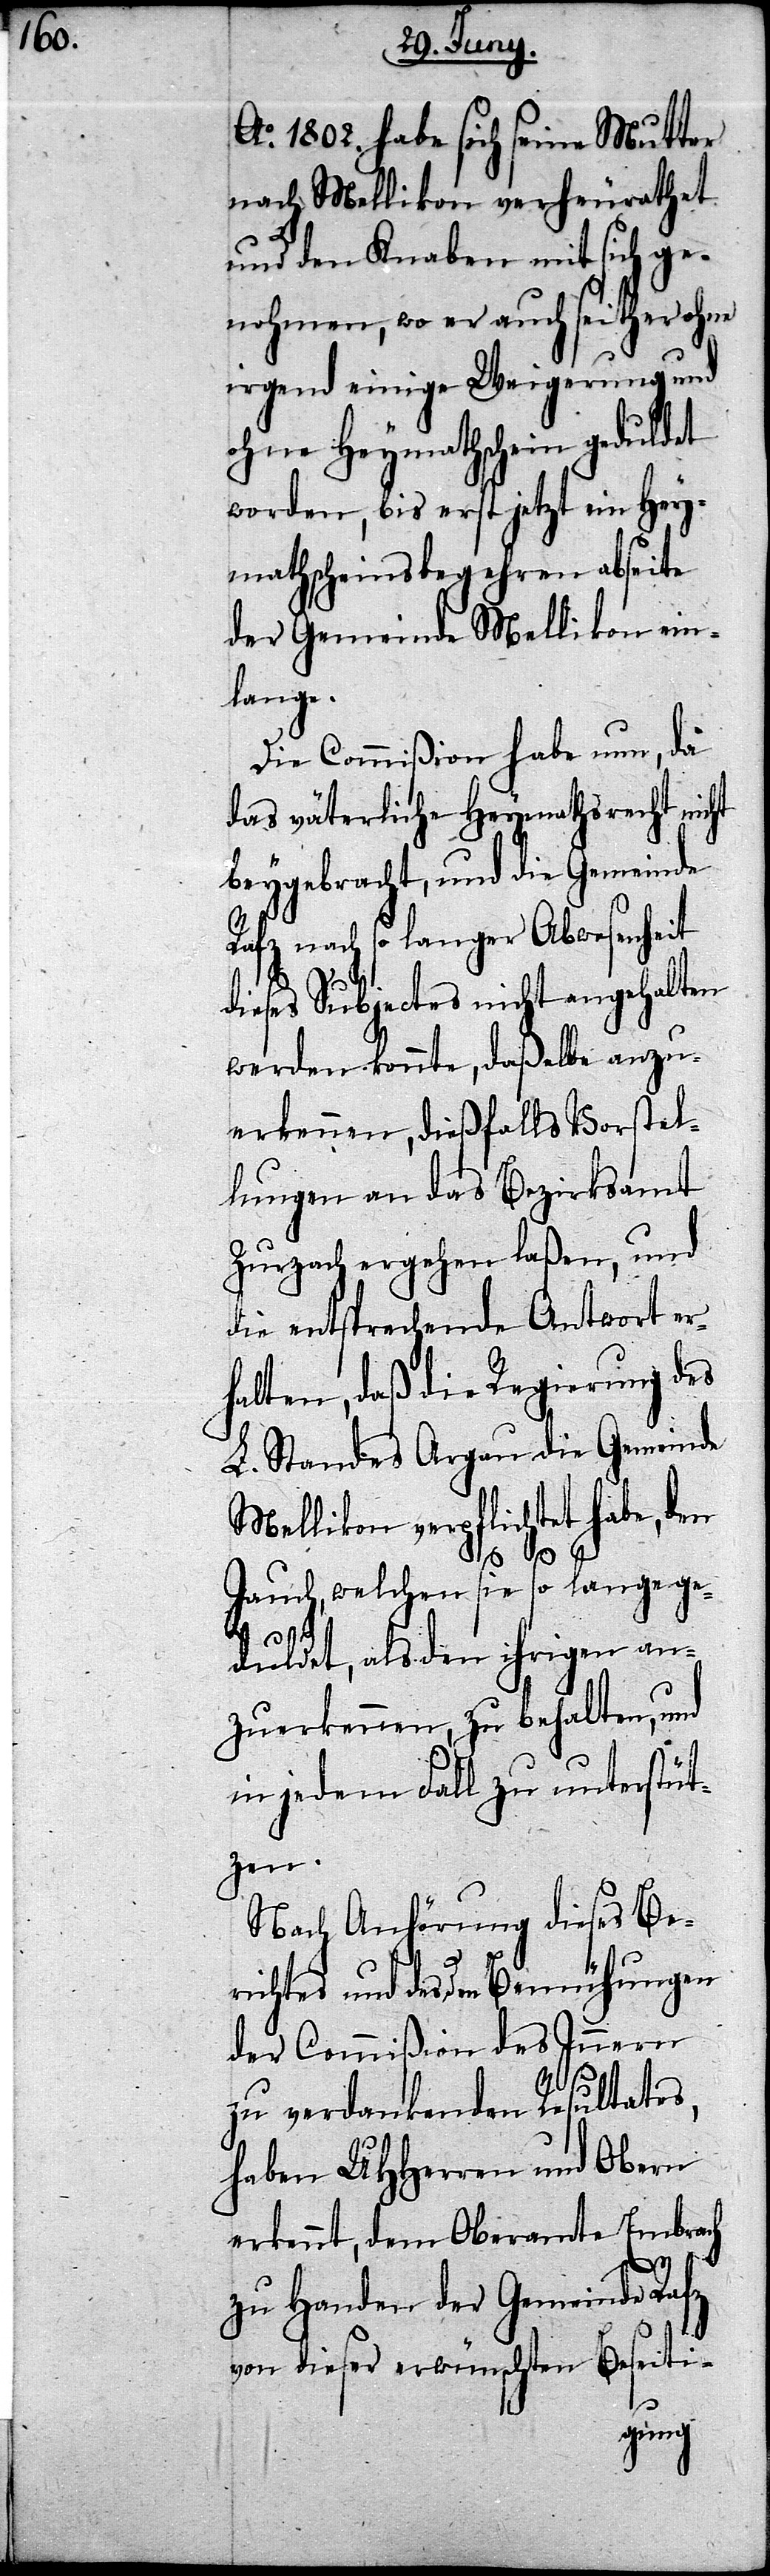
Ao. 1802. habe sich seine Mutter
nach Mellikon verheurathet
und den Knaben mit sich ge¬
nohmen, wo er auch seither ohne
irgend einige Weigerung und
ohne Heymathschein geduldet
worden, bis erst jetzt ein Hey¬
mathscheinsbegehren abseite
der Gemeinde Mellikon ein¬
lange.
Die Commißion habe nun, da
das väterliche Heymathsrecht nicht
beygebracht, und die Gemeinde
Rafz nach so langer Abwesenheit
werden konnte, daßelbe anzu¬
erkennen, dießfalls Vorstel¬
lungen an das Bezirksamt
Zurzach ergehen laßen, und
die entsprechende Antwort er¬
halten, daß die Regierung des
L. Standes Argau die Gemeinde
Mellikon verpflichtet habe, den
Jauch, welchen sie so lange ge¬
duldet, als den ihrigen an¬
zuerkennen, zu behalten, und
in jedem Fall zu unterstüt¬
zen.
Nach Anhörung dieses Be¬
richtes und des den Bemühungen
der Commißion des Innern
zu verdankenden Resultates,
haben UHHerren und Obern
erkennt, dem Oberamte Embrach
dieses
zu Handen der Gemeinde Rafz
von dieser erwünschten Beseiti-